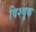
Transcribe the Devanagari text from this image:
विश्वुक